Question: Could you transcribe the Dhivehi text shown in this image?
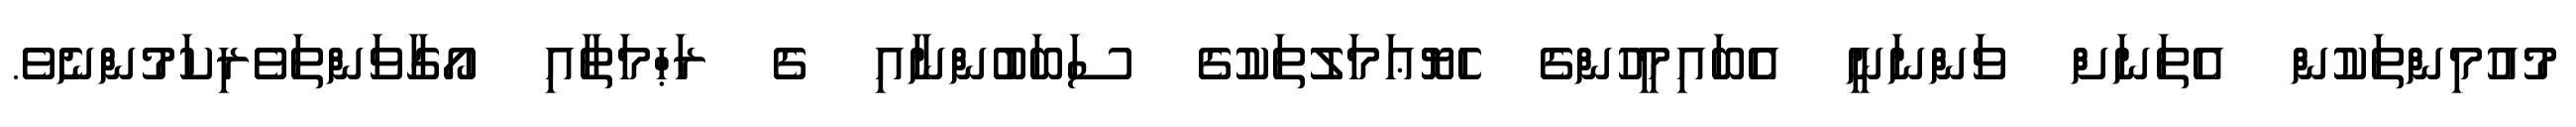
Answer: މުއުމިންތަކުން އެތަނަށް ވަންނަނީ އެބައިމީހުންގެ ހެޔޮޢަމަލުތަކުގެ ސަބަބުންނާއި ގެ ރަޙްމަތާއި އޯގާވަންތަވެރިކަމުންނެވެ.